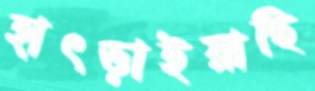
হাৎড়াইয়াছি